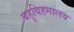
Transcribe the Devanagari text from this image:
बहुविहगालय